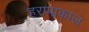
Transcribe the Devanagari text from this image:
हरप्पाकाल